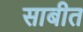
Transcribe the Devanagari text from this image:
साबीत